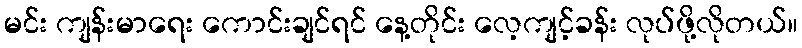
မင်း ကျန်းမာရေး ကောင်းချင်ရင် နေ့တိုင်း လေ့ကျင့်ခန်း လုပ်ဖို့လိုတယ်။